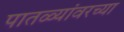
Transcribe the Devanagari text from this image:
पातळ्यांवरच्या